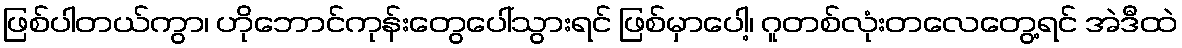
ဖြစ်ပါတယ်ကွာ၊ ဟိုဘောင်ကုန်းတွေပေါ်သွားရင် ဖြစ်မှာပေါ့၊ ဂူတစ်လုံးတလေတွေ့ရင် အဲဒီထဲ